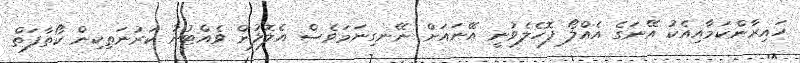
ހައިރާންކަމާއިއެކު އޭނަގެ އެއްލޯ ފޮހެލެވުނީ އޭނައަށް ނޭނގިނަމަވެސް އެލޮލުން ވެއްޓުނު ކަރުނަތިކިން ކޯތާފަތް